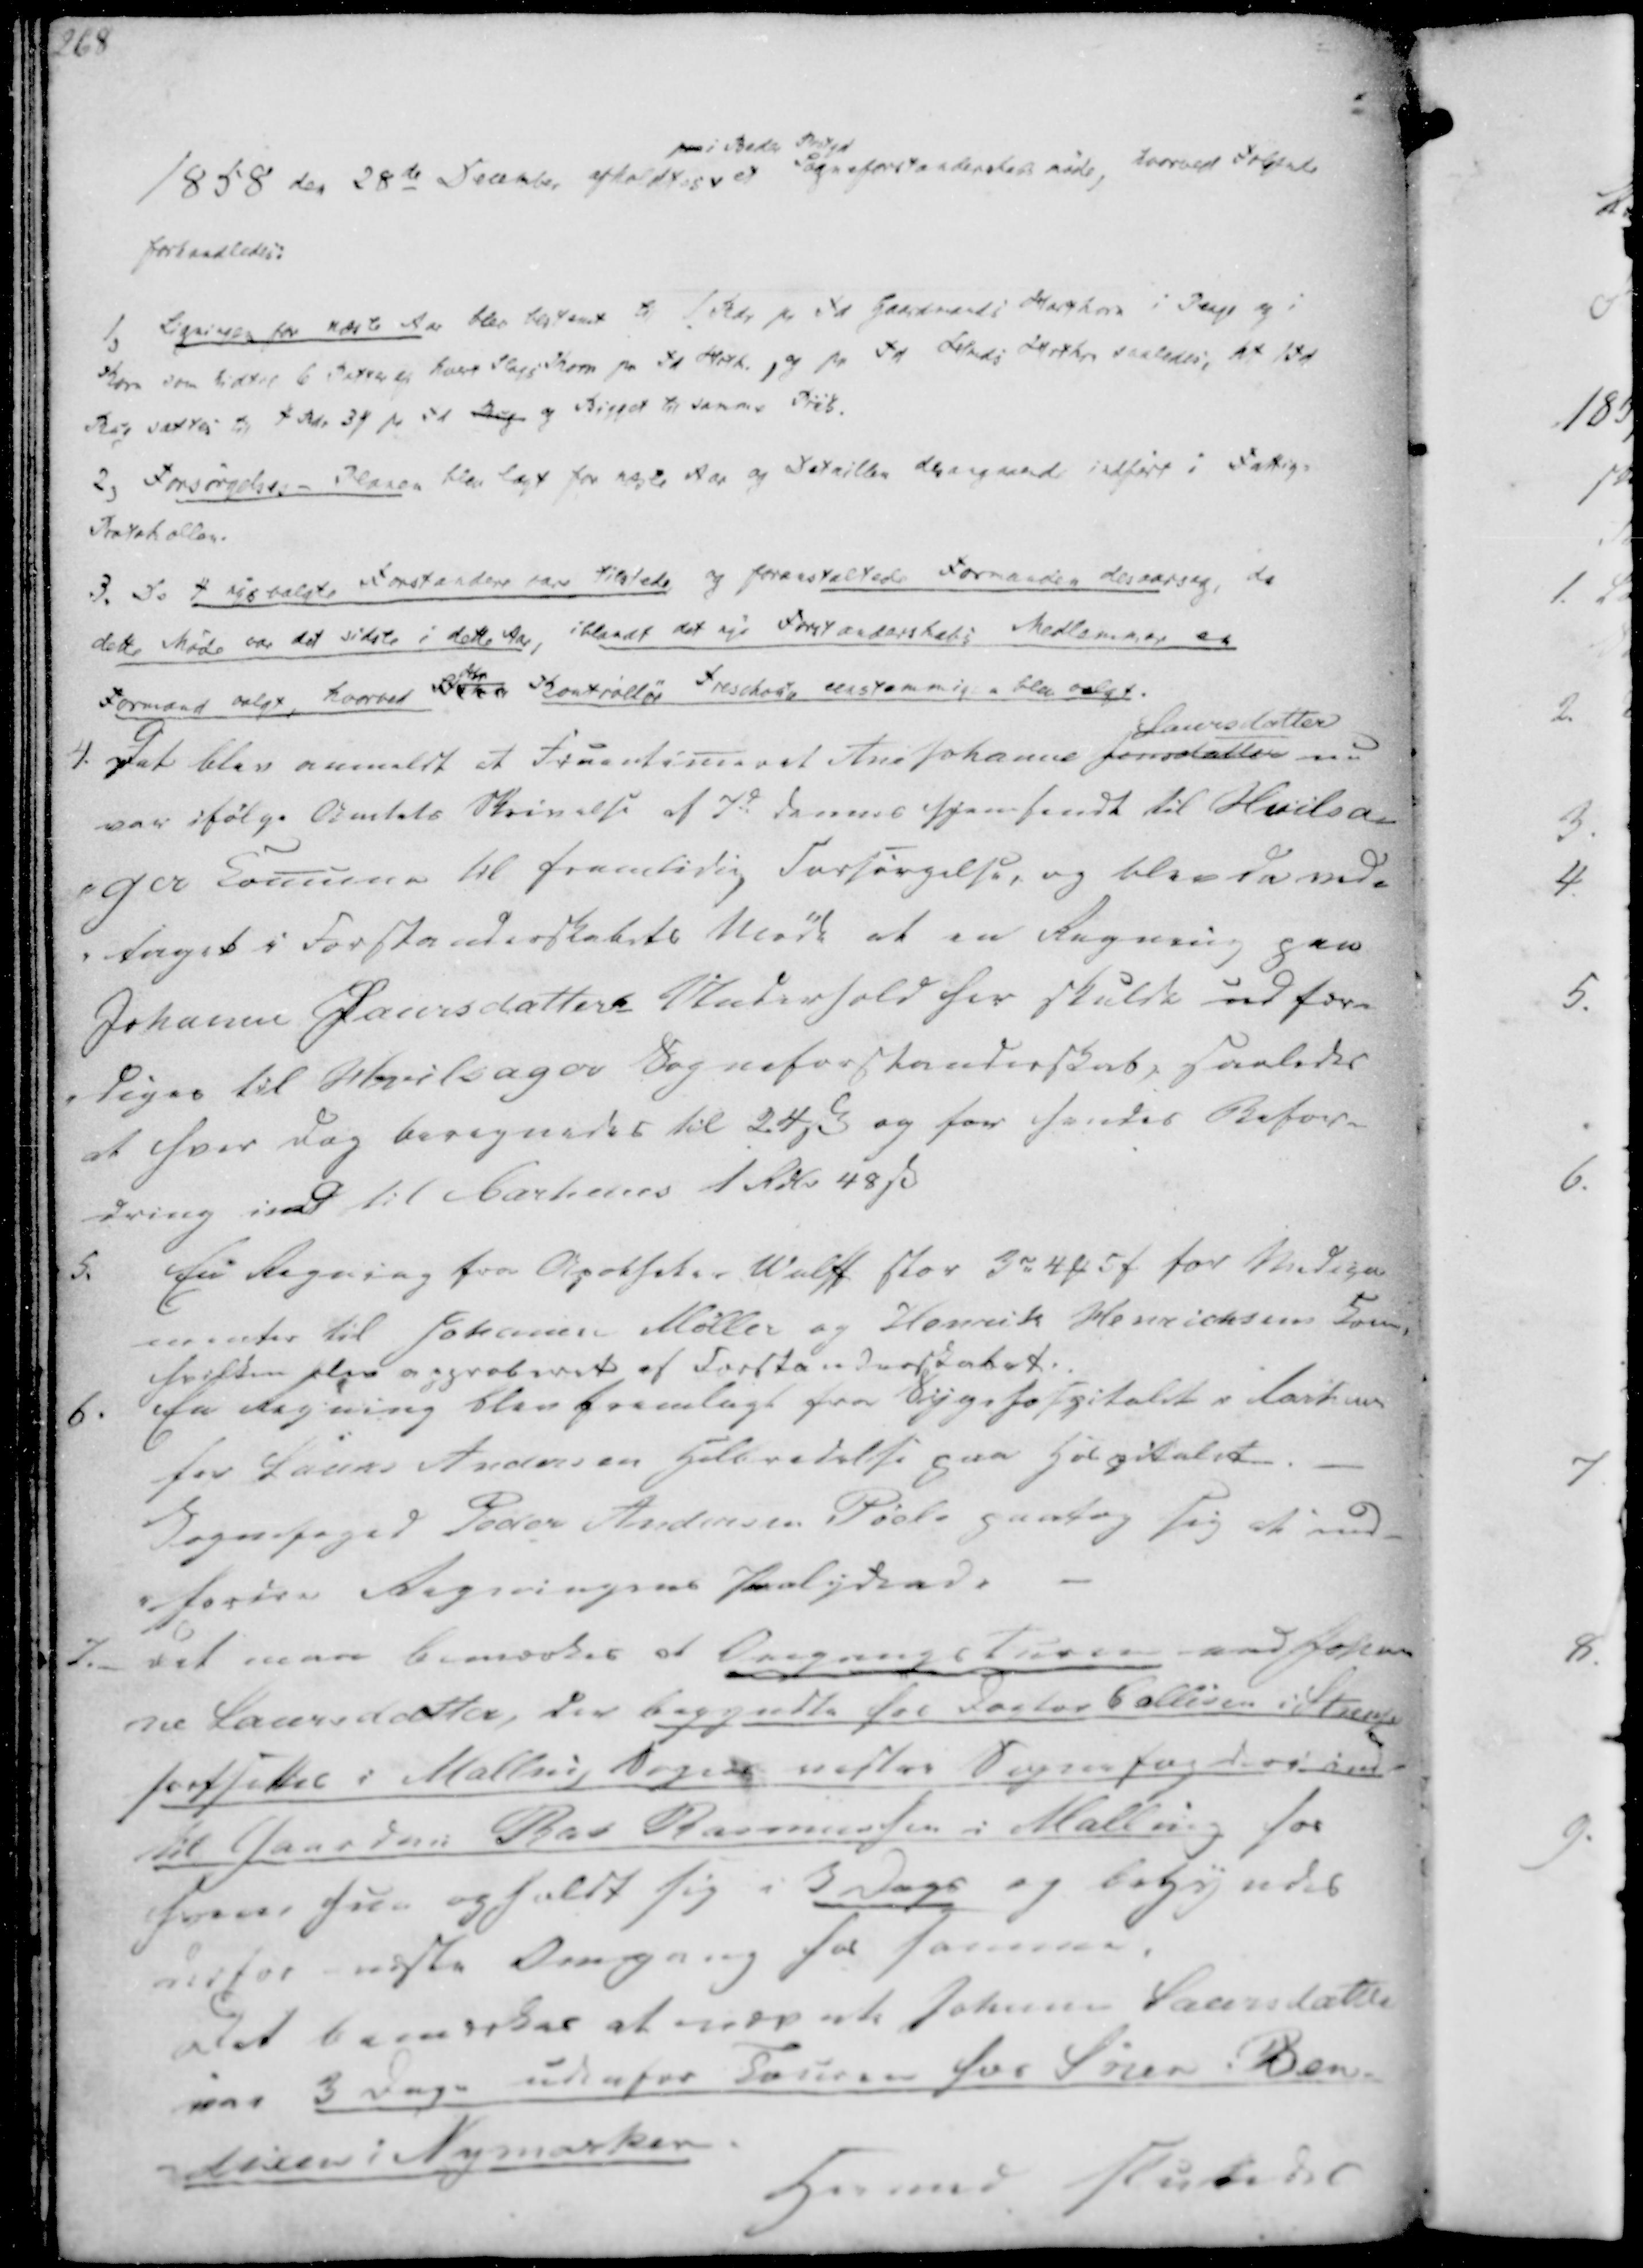
Transskription:
1858 den 28de December afholdtes
paa i Beder Prstgd
et Sogneforstanderskabsmøde, hvorved Følgende
forhandledes:

1, Ligningen for næste Aar blev bestemt til 1 Rdr pr Td Gaardmands Hartkorn i Penge og i
Korn som hidtil 6 Potter af hvert Slags Korn pr Td Hrtk., og pr Td Hmds Hrtkrn saaledes, at 1 Td
Rug sættes til 4 Rdr 3 ₻ pr Td Rug og Bygget til samme Priis.
2, Forsørgelses - Planen blev lagt for næste Aar og Detaillen desangaaende indført i Fattig-
Protokollen.
3. De 4 nysvalgte Forstandere vare tilstede og foranstaltede Formanden desaarsag, da
dette Møde var det sidste i dette Aar, iblandt det nye Forstanderskabs Medlemmer en
Formand valgt, hvorved Hr Kontrollør Treschou enstemmigen blev valgt.

4. Det blev anmeldt at Fruentimeret Ane Johanne Jensdatter
Laursdatter
nu
var ifølge Amtets Skrivelse af 7de dennes hjemsendt til Hvilsa-
-ger Comune til fremtidig Forsørgelse, og blev da ved-
-taget i Forstanderskabets Møde at en Regning paa
Johanne Laursdatters Underhold her skulde udfær-
-diges til Hvilslager Sogneforstanderskab, saaledes 
at hver dag beregnedes til 24 ẞ og for hendes Befor-
-dring ind til Cartierens 1 Rdlr 48 ẞ

5. En Regning fra Apoteker Wulff Stor 3 r 4 ₻ 5 ₻ for Medica
menter til Johanne Møller og Henrich Henrichsen som,
hvilken blev approberet af Forstanderskabet.
6. En Regning blev fremlagt fra Sygehospitalet i Aarhuus
for Laurs Andersen Helbredelse paa Hospitalet
Sognefoged Peder Andersen Pøel paatog sig at ind-
-fordre Regningens Paalydende

7._ Det maa bemærkes at Omergangs Turen ved Johan
ne Laursdatter, der begyndte for Pastor Callisen i Starup
fortsættes i Malling Sogns nestes Sognefogderi ind-
til Gaardm. Ras Rasmussen i Malling hos
hvem hun opholdt sig i 3 Dags og begyndes
udfor næste Omgang for samme.
Det bemærkes at nævnte Johane Laursdatter
var 3 Dage udenfor Touren for Søren Ben-
dixen i Nymarken.
Hermed sluttedes